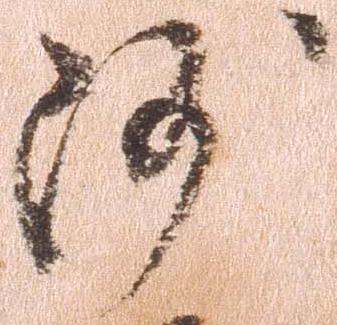
沙